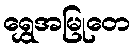
ရွှေအမြုတေ